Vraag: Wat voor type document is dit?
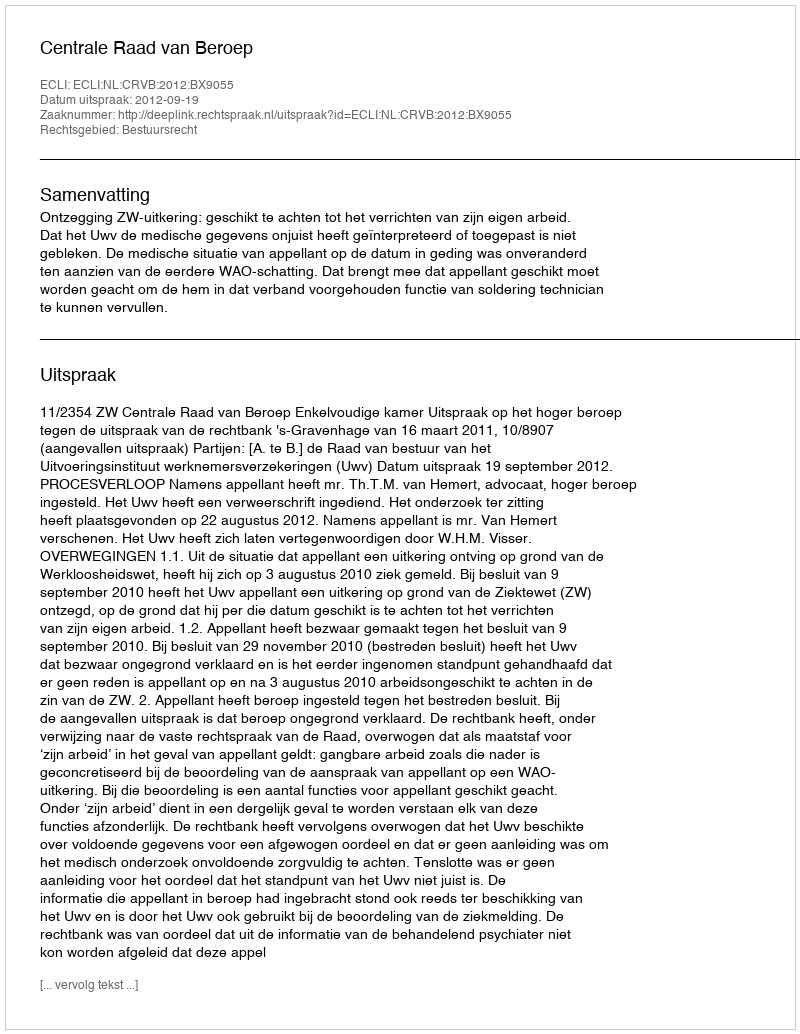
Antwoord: Uitspraak